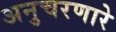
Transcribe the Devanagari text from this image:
अनुचरणारे